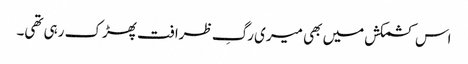
اس کشمکش میں بھی میری رگِ ظرافت پھڑک رہی تھی۔